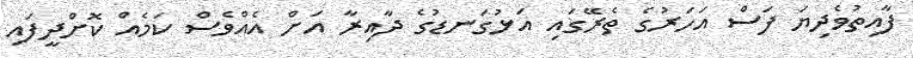
ފާއިތުވެދިޔަ ފަސް އަހަރުގެ ތެރޭގައި އަޅުގަނޑުގެ ދާއިރާ އަށް އެއްވެސް ކަމެއް ކޮށްދީފައި